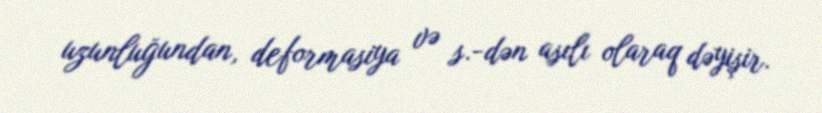
uzunluğundan, deformasiya və s.-dən asılı olaraq dəyişir.